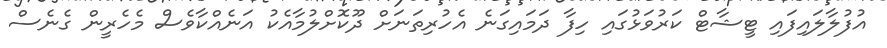
އުފުލާލައިފައި ޓީޝާޓް ކަރުވަޅުގައި ހިފާ ދަމައިގަނެ އެހުރިތަނަށް ދޫކޮށްލުމާއެކު އަނެއްކާވެސް މެހެރީން ގެނެސް